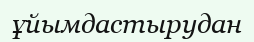
ұйымдастырудан